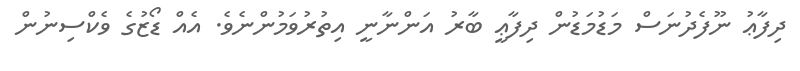
ދިފާޢު ނޫފެދުނަސް މަޑުމަޑުން ދިފާޢީ ބާރު އަންނާނީ އިތުރުވަމުންނެވެ. އެއް ޑޯޒުގެ ވެކްސިނުން